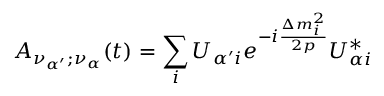
{ \cal { A } } _ { \nu _ { \alpha ^ { \prime } } ; \nu _ { \alpha } } ( t ) = \sum _ { i } U _ { { \alpha ^ { \prime } } i } e ^ { - i \frac { \Delta m _ { i } ^ { 2 } } { 2 p } } U _ { { \alpha } i } ^ { * }